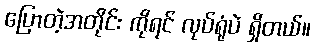
ပြောတဲ့အတိုင်း ကိုရင် လုပ်ရုံပဲ ရှိတယ်။